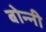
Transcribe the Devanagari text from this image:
बोन्‍नी